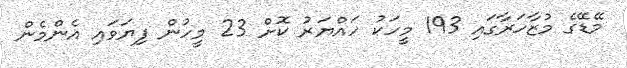
މޭޑޭގެ މުޒާހަރާގައި 193 މީހަކު ހައްޔަރު ކޮށް 23 މީހުން ފިޔަވައި އެންމެން